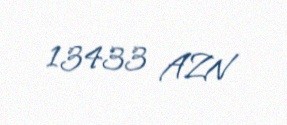
13433 AZN